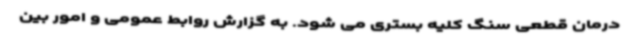
درمان قطعی سنگ کلیه بستری می شود. به گزارش روابط عمومی و امور بین